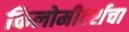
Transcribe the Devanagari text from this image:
किलोमीटर्सचा